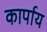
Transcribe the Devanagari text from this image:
कार्पाय